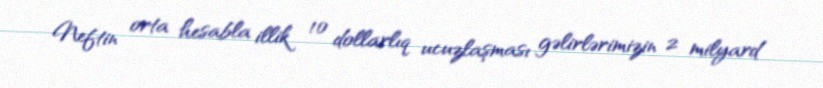
Neftin orta hesabla illik 10 dollarlıq ucuzlaşması gəlirlərimizin 2 milyard